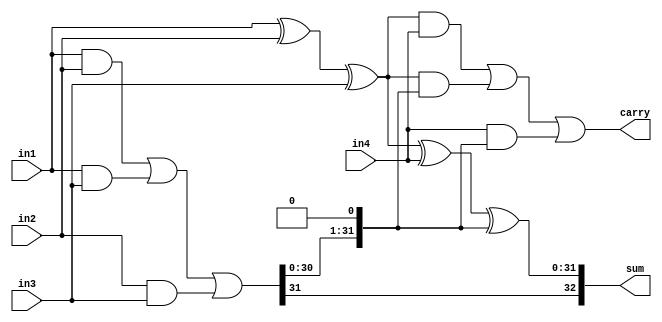
// Copyright (C) 2022, Andes Technology Corp. Confidential Proprietary

module kv_csa4_2 (
    in1,
    in2,
    in3,
    in4,
    sum,
    carry
);
parameter CSA_WIDTH = 32;
input [CSA_WIDTH - 1:0] in1;
input [CSA_WIDTH - 1:0] in2;
input [CSA_WIDTH - 1:0] in3;
input [CSA_WIDTH - 1:0] in4;
output [CSA_WIDTH:0] sum;
output [CSA_WIDTH - 1:0] carry;


wire [CSA_WIDTH - 1:0] carry_tmp;
assign carry_tmp = (in1 & in2) | (in1 & in3) | (in2 & in3);
assign sum = {carry_tmp[CSA_WIDTH - 1],in1 ^ in2 ^ in3 ^ in4 ^ {carry_tmp[CSA_WIDTH - 2:0],1'b0}};
assign carry = ((in1 ^ in2 ^ in3) & in4) | ((in1 ^ in2 ^ in3) & {carry_tmp[CSA_WIDTH - 2:0],1'b0}) | (in4 & {carry_tmp[CSA_WIDTH - 2:0],1'b0});
endmodule